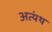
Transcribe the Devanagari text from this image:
अत्यंथ